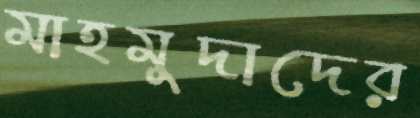
মাহমুদাদের